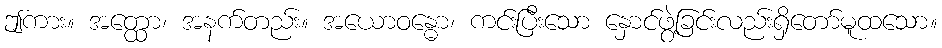
ဤကား။ အတ္ထော၊ အနက်တည်း။ အယောဝန္ဓော၊ ကင်းပြီးသော နှောင်ဖွဲ့ခြင်းလည်းရှိတော်မူထသော။